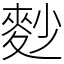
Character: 麨